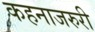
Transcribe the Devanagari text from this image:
कहनाजरुरी